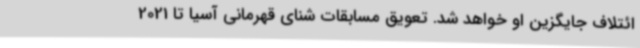
ائتلاف جایگزین او خواهد شد. تعویق مسابقات شنای قهرمانی آسیا تا 2021